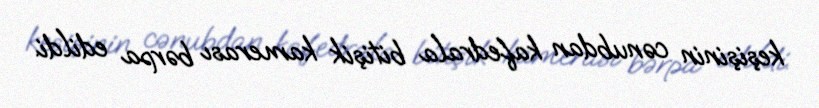
keşişinin cənubdan kafedrala bitişik kamerası bərpa edildi.